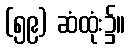
(၅၉) ဆံထုံး၌။